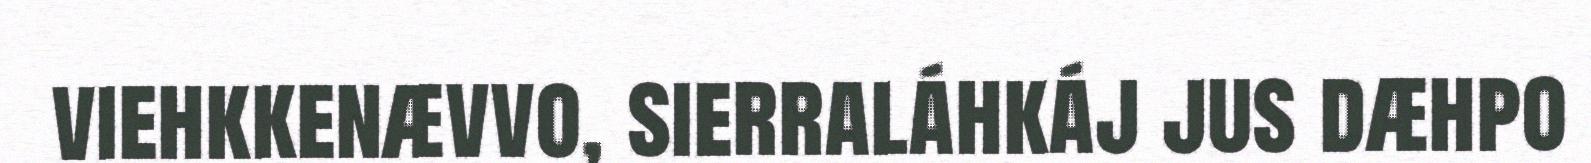
viehkkenævvo, sierraláhkáj jus dæhpo